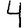
Digit: 4